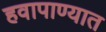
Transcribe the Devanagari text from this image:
हवापाण्यात